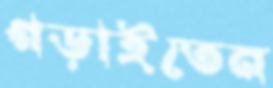
গড়াইতেন